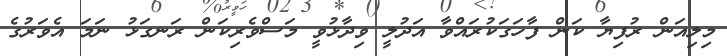
މިލިއަން ރުފިޔާ ކަން ފާހަގަކުރައްވާ އަދުލީ ވިދާޅުވީ މަސްވެރިކަން ރަނގަޅު ނަމަ އެވަރުގެ